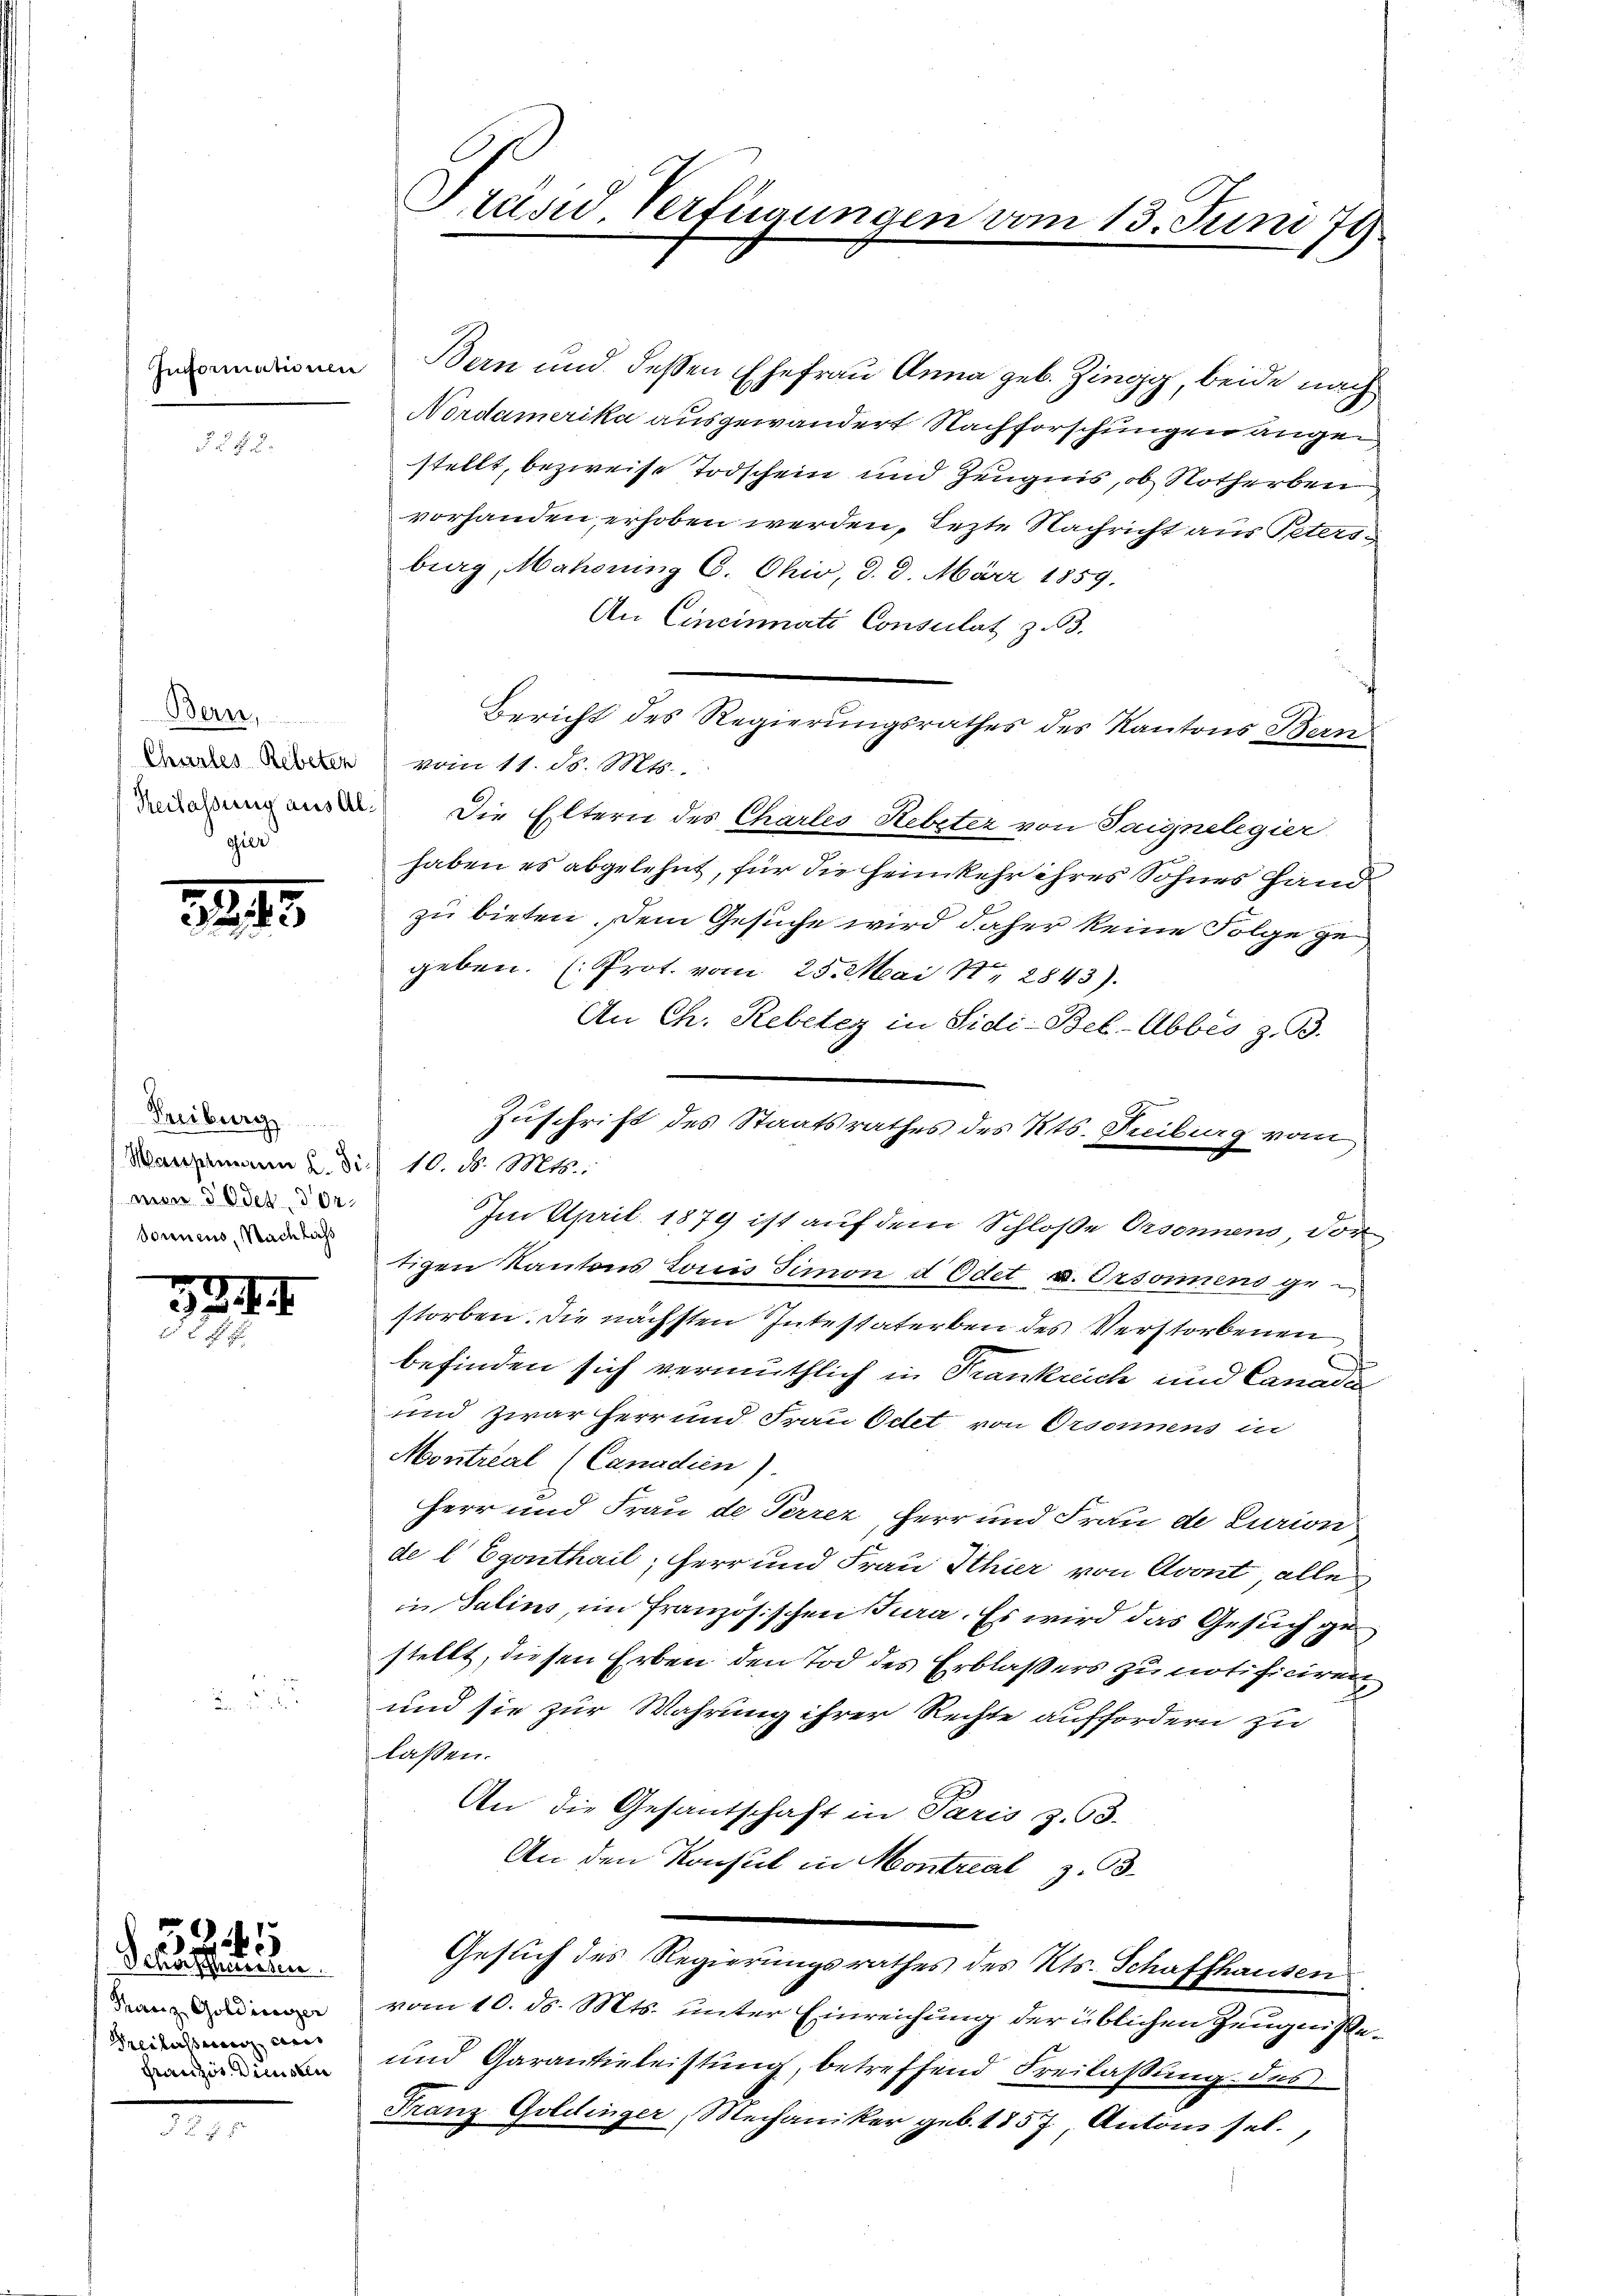
§ 282.

Bern,
gier

1245

Freiburg
Wanzmann u. die 10. d. Mts.
mon d Oder dor¬
Sonnens, Nachlass

334
.

324
Schönsthausen.

Tharz Goldinizer
Freilassung aus
Französ. Diensten

Präsid Verfügungen

din Bern und dessen Ehefrau Anna geb. Zingg, beide nach
Nordamerika ausgewandert Nachforschungen angestellt, bezweife Todschein und Zeugnis, ob Notherben
vorhanden, erhoben werden, Lezte Nachricht aus Petersburg, Mahdrung C. Ohio, d. 8. März 1859.
An Cincinati Consulat z. 3.
Bericht des Regierungsrathes des Kantons Bern
Chartes Reberen) vom 11. d. Mts.
 Die Eltern des Chartes Hebster von Seignelegier
haben es abgelehnt, für die Heimkehr ihres Sohnes Hand
zu bieten. Dem Gesuche wird daher keine Folge zu
geben. (Prot. vom 25. Mai 18. 2843).
An Ch. Rebeter in Sidi-Bel-Abbes z. B.
Zuschrift des Staatsrathes des Kts. Freiburg vom
Im April 1879 ist auf dem Schloße Orsonnens, dor
tigen Kantons Louis Simon d Odet u. Ordonnens gestorben. Die nächsten Intestaterben des Verstorbenen
befinden sich vermuthlich in Frankreich und Canaden
und zwar herr und Frau Oetet von Orsonnens in
Montrial (Canadien).
Herr und Frau de Perrer, Herr und Frau de Curion
de l. Egonthail, Herr und Frau Ithier von Avont alle
in Salins, im französischen Jura. Es wird das Gesuch ge
stellt, diesen Erben den Tod des Erblasers zu notificiren
und sie zur Wahrung ihrer Rechte auffordern zu
laßen.
An die Gesantschaft in Paris z. 63.
An den Konsul in Montreal z. 3.
Gesuch des Regierungsrathes des Kts. Schaffhausen
vom 10. ds. Mts. unter Einreichung der üblichen Zeugniße¬
und Garantieleistung, betreffend Freilassung des
Franz Goldinger, Mechaniker geb. 1857, Antons sel.,

vom 13. Juni 178